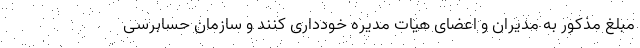
مبلغ مذکور به مدیران و اعضای هیات مدیره خودداری کنند و سازمان حسابرسی